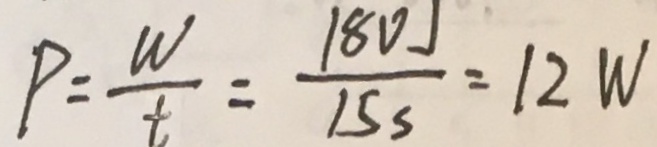
P = \frac { W } { t } = \frac { 1 8 0 J } { 1 5 s } = 1 2 W